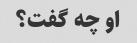
او چه گفت؟